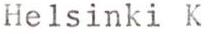
Helsinki K